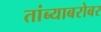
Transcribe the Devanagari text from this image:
तांब्याबरोबर